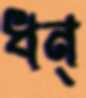
ধন্